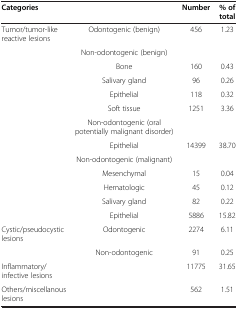
| Categories |  | Number | % of total |
 | --- | --- | --- | --- |
 | Tumor/tumor-like reactive lesions | Odontogenic (benign) | 456 | 1.23 |
 |  | Non-odontogenic (benign) |  |  |
 |  | Bone | 160 | 0.43 |
 |  | Salivary gland | 96 | 0.26 |
 |  | Epithelial | 118 | 0.32 |
 |  | Soft tissue | 1251 | 3.36 |
 |  | Non-odontogenic (oral potentially malignant disorder) |  |  |
 |  | Epithelial | 14399 | 38.70 |
 |  | Non-odontogenic (malignant) |  |  |
 |  | Mesenchymal | 15 | 0.04 |
 |  | Hematologic | 45 | 0.12 |
 |  | Salivary gland | 82 | 0.22 |
 |  | Epithelial | 5886 | 15.82 |
 | Cystic/pseudocystic lesions | Odontogenic | 2274 | 6.11 |
 |  | Non-odontogenic | 91 | 0.25 |
 | Inflammatory/infective lesions |  | 11775 | 31.65 |
 | Others/miscellanous lesions |  | 562 | 1.51 |